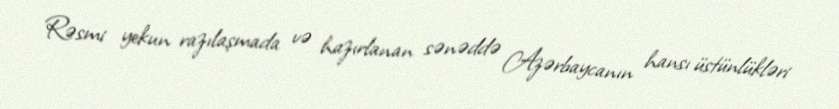
Rəsmi yekun razılaşmada və hazırlanan sənəddə Azərbaycanın hansı üstünlükləri